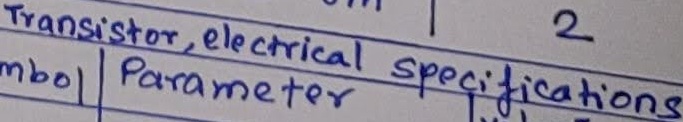
Text: Transistor, electrical specifications